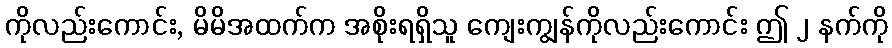
ကိုလည်းကောင်း, မိမိအထက်က အစိုးရရှိသူ ကျေးကျွန်ကိုလည်းကောင်း ဤ ၂ နက်ကို